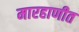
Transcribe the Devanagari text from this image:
मारहाणीत